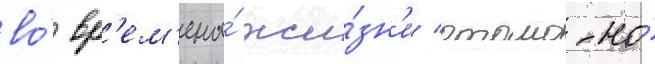
во́ вр'ем'ена́ жи́зн'и отомо-но́